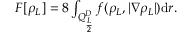
\begin{array} { r } { F [ \rho _ { L } ] = 8 \int _ { Q _ { \frac { L } { 2 } } ^ { D } } f ( \rho _ { L } , | \nabla \rho _ { L } | ) \mathrm { d } r . } \end{array}